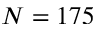
N = 1 7 5